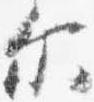
尓